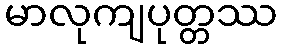
မာလုကျပုတ္တဿ